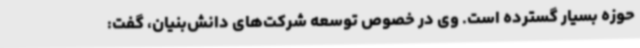
حوزه بسیار گسترده است. وی در خصوص توسعه شرکت‌های دانش‌بنیان، گفت: